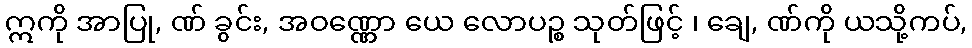
ဣကို အာပြု, ဏ် ခွင်း, အဝဏ္ဏော ယေ လောပဉ္စ သုတ်ဖြင့် ၊ ချေ, ဏ်ကို ယသို့ကပ်,